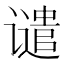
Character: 谴